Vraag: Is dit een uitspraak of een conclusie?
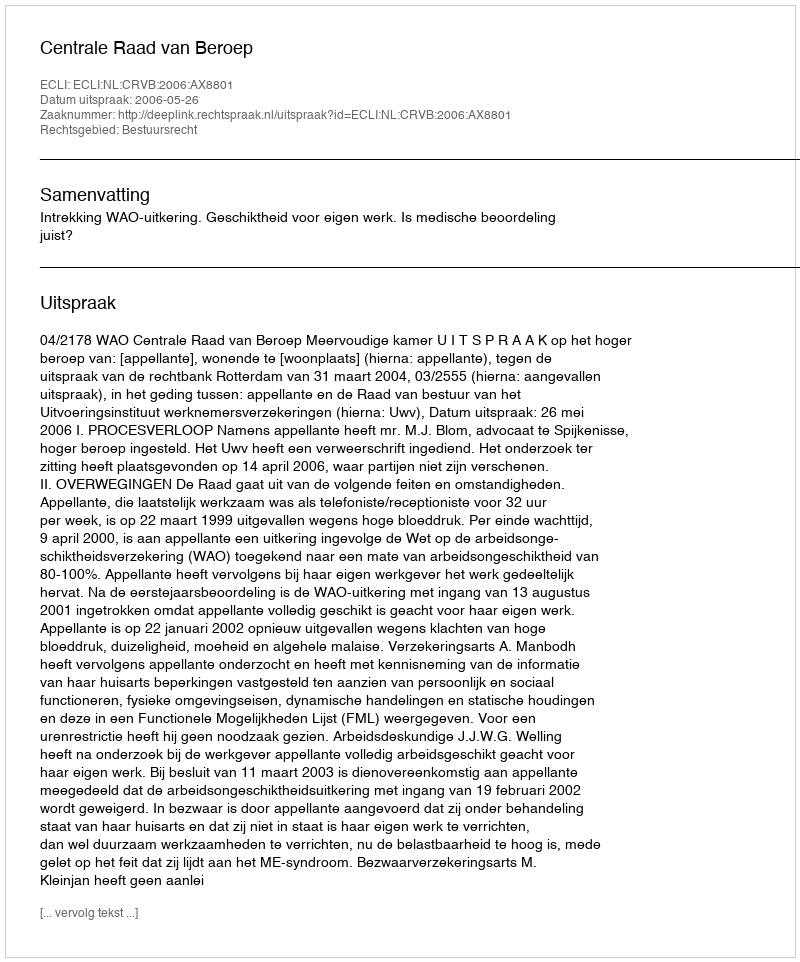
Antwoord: Uitspraak